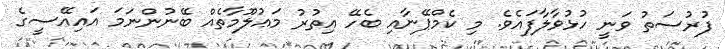
ފުރުސަތު ވަނީ ހުޅުވާލާފައެވެ. މި ކެމްޕޭނާއި ބެހޭ އިތުރު މަޢުލޫމާތެއް ބޭނުންނަމަ އައިއޭސީގެ